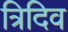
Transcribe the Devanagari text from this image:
त्रिदिव